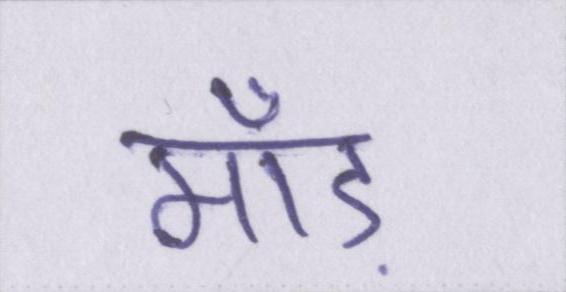
माँड़